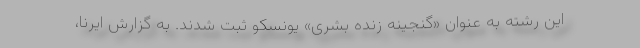
این رشته به عنوان «گنجینه زنده بشری» یونسکو ثبت شدند. به گزارش ایرنا،